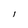
Character: l